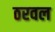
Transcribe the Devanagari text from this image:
ठरवल